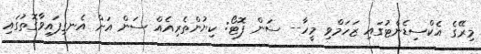
މިރޭގެ އެކްސިޑެންޓުގައި ޒަހަމްވި މީހާ-- ސަން ފޮޓޯ: ކިޔުންތެރިއެއް ސަން އަށް އެނގިފައިވާގޮތުގައި